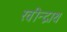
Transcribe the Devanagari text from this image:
रवीन्द्राथ